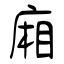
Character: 廂